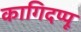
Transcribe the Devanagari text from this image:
कागिदप्पू